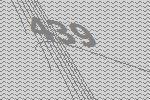
439